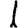
Digit: 1